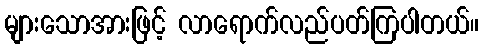
များသောအားဖြင့် လာရောက်လည်ပတ်ကြပါတယ်။